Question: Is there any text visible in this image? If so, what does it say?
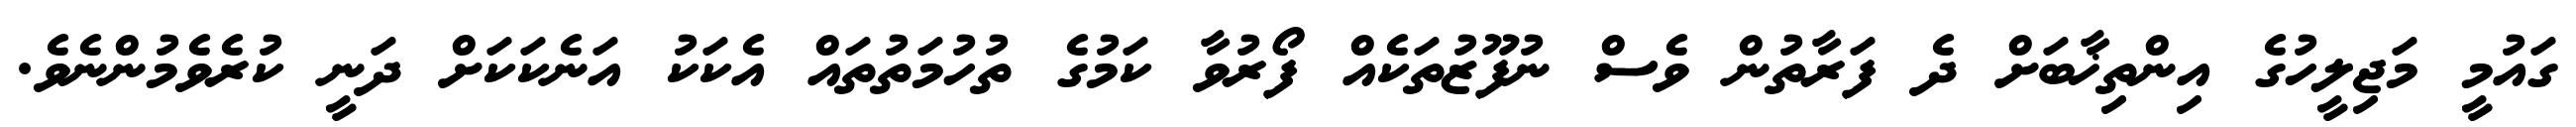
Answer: ގައުމީ މަޖިލީހުގެ އިންތިޚާބަށް ދެ ފަރާތުން ވެސް ނުފޫޒުތަކެއް ފޯރުވާ ކަމުގެ ތުހުމަތުތައް އެކަކު އަނެކަކަށް ދަނީ ކުރެވެމުންނެވެ.